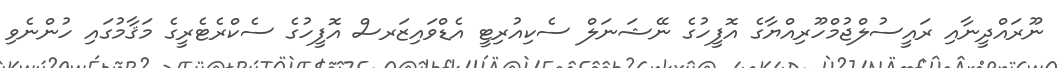
ނޫރައްދީނާއި ރައީސުލްޖުމްހޫރިއްޔާގެ އޮފީހުގެ ނޭޝަނަލް ސެކިއުރިޓީ އެޑްވައިޒަރސް އޮފީހުގެ ސެކްރެޓެރީގެ މަޤާމުގައި ހުންނެވި